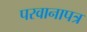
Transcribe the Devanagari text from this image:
परवानापत्र